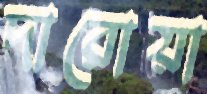
দারোয়া